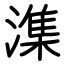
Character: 潗